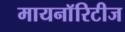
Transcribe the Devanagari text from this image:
मायनाॅरिटीज